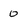
Character: 0